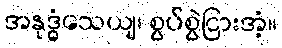
အနုဒ္ဓံသေယျ၊ စွပ်စွဲငြားအံ့။